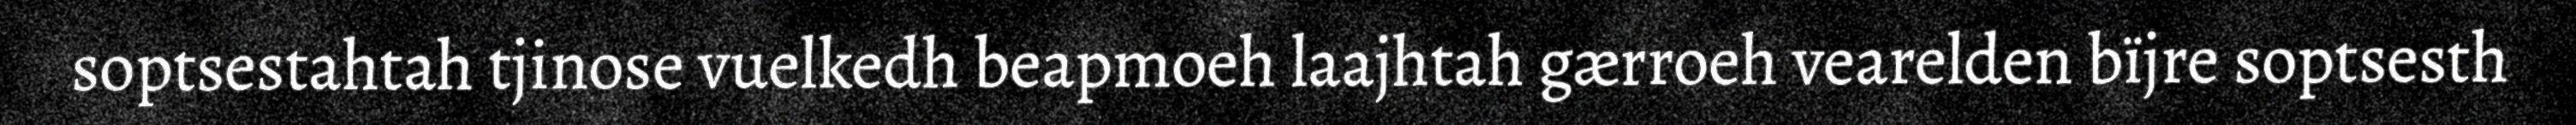
soptsestahtah tjinose vuelkedh beapmoeh laajhtah gærroeh vearelden bïjre soptsesth